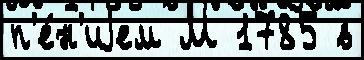
п'е́н'иjем М 1785 в